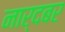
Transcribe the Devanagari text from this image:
नार्दबर